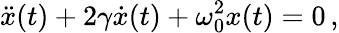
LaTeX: \ddot{x}(t)+2\gamma\dot{x}(t)+\omega_{0}^{2}x(t)=0\, ,